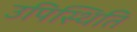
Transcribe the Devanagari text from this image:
उपिस्थिति